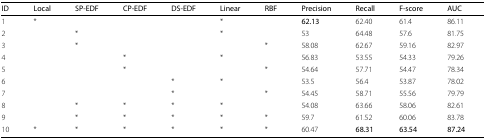
<table><thead><tr><td><b>ID</b></td><td><b>Local</b></td><td><b>SP-EDF</b></td><td><b>CP-EDF</b></td><td><b>DS-EDF</b></td><td><b>Linear</b></td><td><b>RBF</b></td><td><b>Precision</b></td><td><b>Recall</b></td><td><b>F-score</b></td><td><b>AUC</b></td></tr></thead><tbody><tr><td>1</td><td>*</td><td></td><td></td><td></td><td>*</td><td></td><td><b>62.13</b></td><td>62.40</td><td>61.4</td><td>86.11</td></tr><tr><td>2</td><td></td><td>*</td><td></td><td></td><td>*</td><td></td><td>53</td><td>64.48</td><td>57.6</td><td>81.75</td></tr><tr><td>3</td><td></td><td>*</td><td></td><td></td><td></td><td>*</td><td>58.08</td><td>62.67</td><td>59.16</td><td>82.97</td></tr><tr><td>4</td><td></td><td></td><td>*</td><td></td><td>*</td><td></td><td>56.83</td><td>53.55</td><td>54.33</td><td>79.26</td></tr><tr><td>5</td><td></td><td></td><td>*</td><td></td><td></td><td>*</td><td>54.64</td><td>57.71</td><td>54.47</td><td>78.34</td></tr><tr><td>6</td><td></td><td></td><td></td><td>*</td><td>*</td><td></td><td>53.5</td><td>56.4</td><td>53.87</td><td>78.02</td></tr><tr><td>7</td><td></td><td></td><td></td><td>*</td><td></td><td>*</td><td>54.45</td><td>58.71</td><td>55.56</td><td>79.79</td></tr><tr><td>8</td><td></td><td>*</td><td>*</td><td>*</td><td>*</td><td></td><td>54.08</td><td>63.66</td><td>58.06</td><td>82.61</td></tr><tr><td>9</td><td></td><td>*</td><td>*</td><td>*</td><td>*</td><td>*</td><td>59.7</td><td>61.52</td><td>60.06</td><td>83.78</td></tr><tr><td>10</td><td>*</td><td>*</td><td>*</td><td>*</td><td>*</td><td>*</td><td>60.47</td><td><b>68.31</b></td><td><b>63.54</b></td><td><b>87.24</b></td></tr></tbody></table>